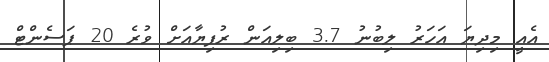
އެއީ މިދިޔަ އަހަރު ލިބުނު 3.7 ބިލިއަން ރުފިޔާއަށް ވުރެ 20 ޕަސެންޓް